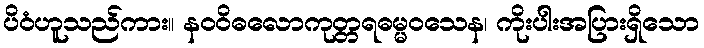
ပိဝံဟူသည်ကား။ နဝဝိဓလောကုတ္တရဓမ္မဝသေန၊ ကိုးပါးအပြားရှိသော